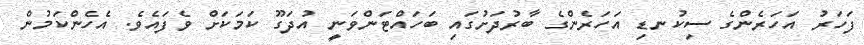
ފަހަރު އަހަރެންގެ ސިކުނޑި އަހަރެންގެ ބާރުދަށުގައި ބަހައްޓަންވަނީ އުދަގޫ ކަމަކަށް ވެފައެވެ. އެހެންކަމުން